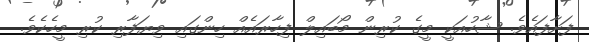
ފަށާފައެވެ. ޝާހުއަކީ މީގެ ކުރިން މޯބައިލް ފިހާރައެއް ހިންގައި ވިޔަފާރި ކުރި މީހެކެވެ.